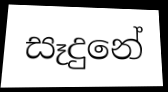
සෑදුනේ